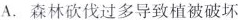
A.森林砍伐过多导致植被破坏